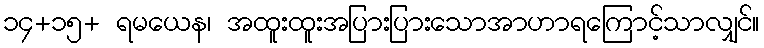
၁၄+၁၅+ ရမယေန၊ အထူးထူးအပြားပြားသောအာဟာရကြောင့်သာလျှင်။